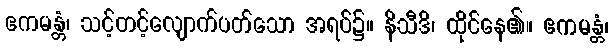
ဧကမန္တံ၊ သင့်တင့်လျောက်ပတ်သော အရပ်၌။ နိသီဒိ၊ ထိုင်နေ၏။ ဧကမန္တံ၊